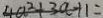
4 a ^ { 2 } + 3 a - 1 1 =